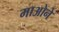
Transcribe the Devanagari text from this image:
माओने